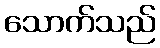
သောက်သည်